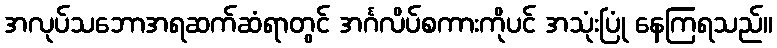
အလုပ်သဘောအရဆက်ဆံရာတွင် အင်္ဂလိပ်စကားကိုပင် အသုံးပြုံ နေကြရသည်။